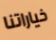
خياراتنا